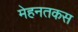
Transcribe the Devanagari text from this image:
मेहनतकस